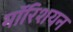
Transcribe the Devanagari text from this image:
मॉरिशयन